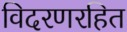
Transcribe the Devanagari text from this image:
विदरणरहित